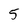
Character: 5